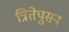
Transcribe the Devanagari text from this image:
त्रितेपुसन